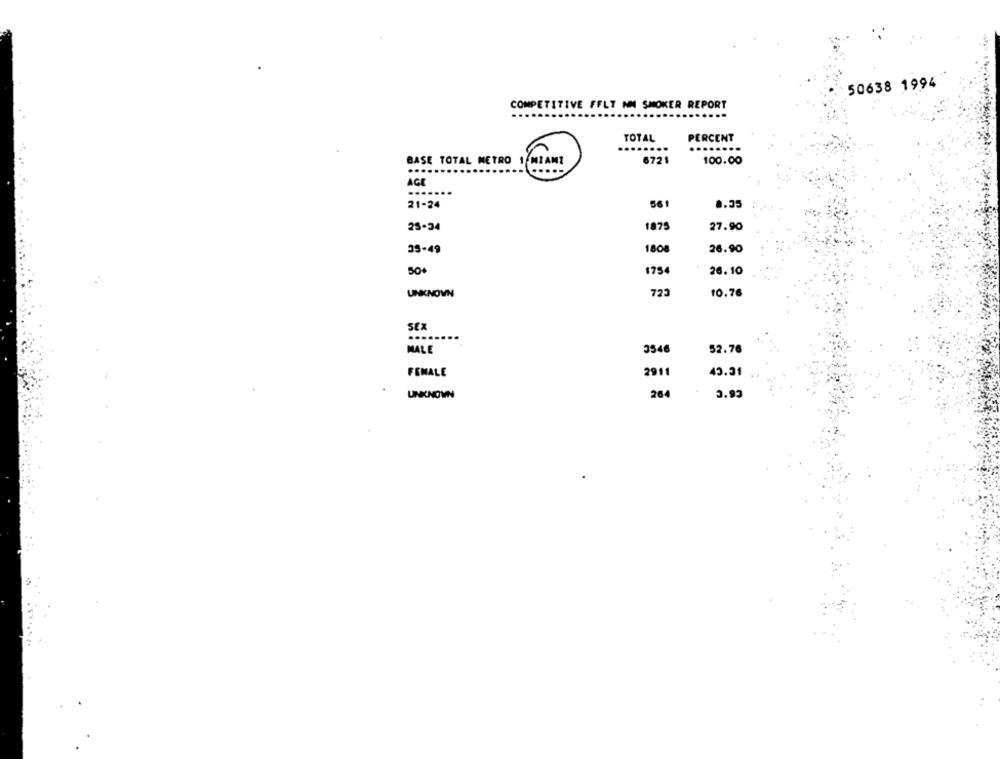
50638 1994
COMPETITIVE FFLT NM SMOKER REPORT
TOTAL
PERCENT
BASE TOTAL METRO
6721
100.00
1 MIAMI
....
AGE
21-24
56 1
0.35
25-34
1875
27.90
35-49
1808
26.90
50+
1754
26.10
UNKNOWN
725
10.76
SEX
MALE
3546
52.76
FEMALE
2911
43.31
UNKNOWN
26
3.93